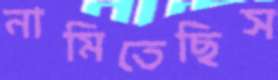
নামিতেছিস